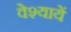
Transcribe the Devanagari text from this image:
वेश्यायें